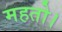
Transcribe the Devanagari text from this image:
महतो।